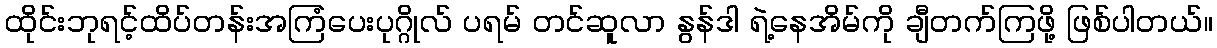
ထိုင်းဘုရင့်ထိပ်တန်းအကြံပေးပုဂ္ဂိုလ် ပရမ် တင်ဆူလာ နွန်ဒါ ရဲ့နေအိမ်ကို ချီတက်ကြဖို့ ဖြစ်ပါတယ်။